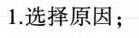
1.选择原因；